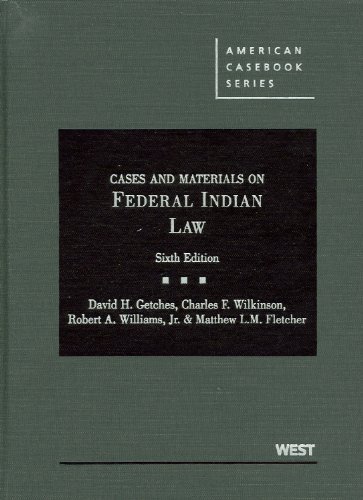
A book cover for Cases and Materials on Federal Indian Law (American Casebook Series); David Getches; Law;